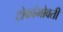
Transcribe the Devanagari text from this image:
टोकांभोवती